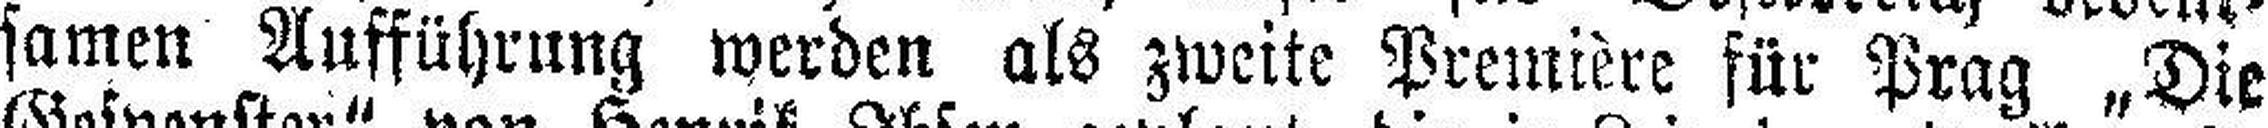
samen Aufführung werden als zweite Première für Prag „Die